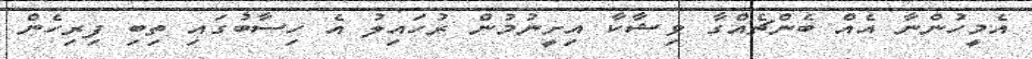
އެމީހުންނާ އެއް ބެންޗެއްގާ ވިޝާކާ އިށީނުމުން ރުހައިލު އެ ހިސާބުގައި ތިބި ފިރިހެން